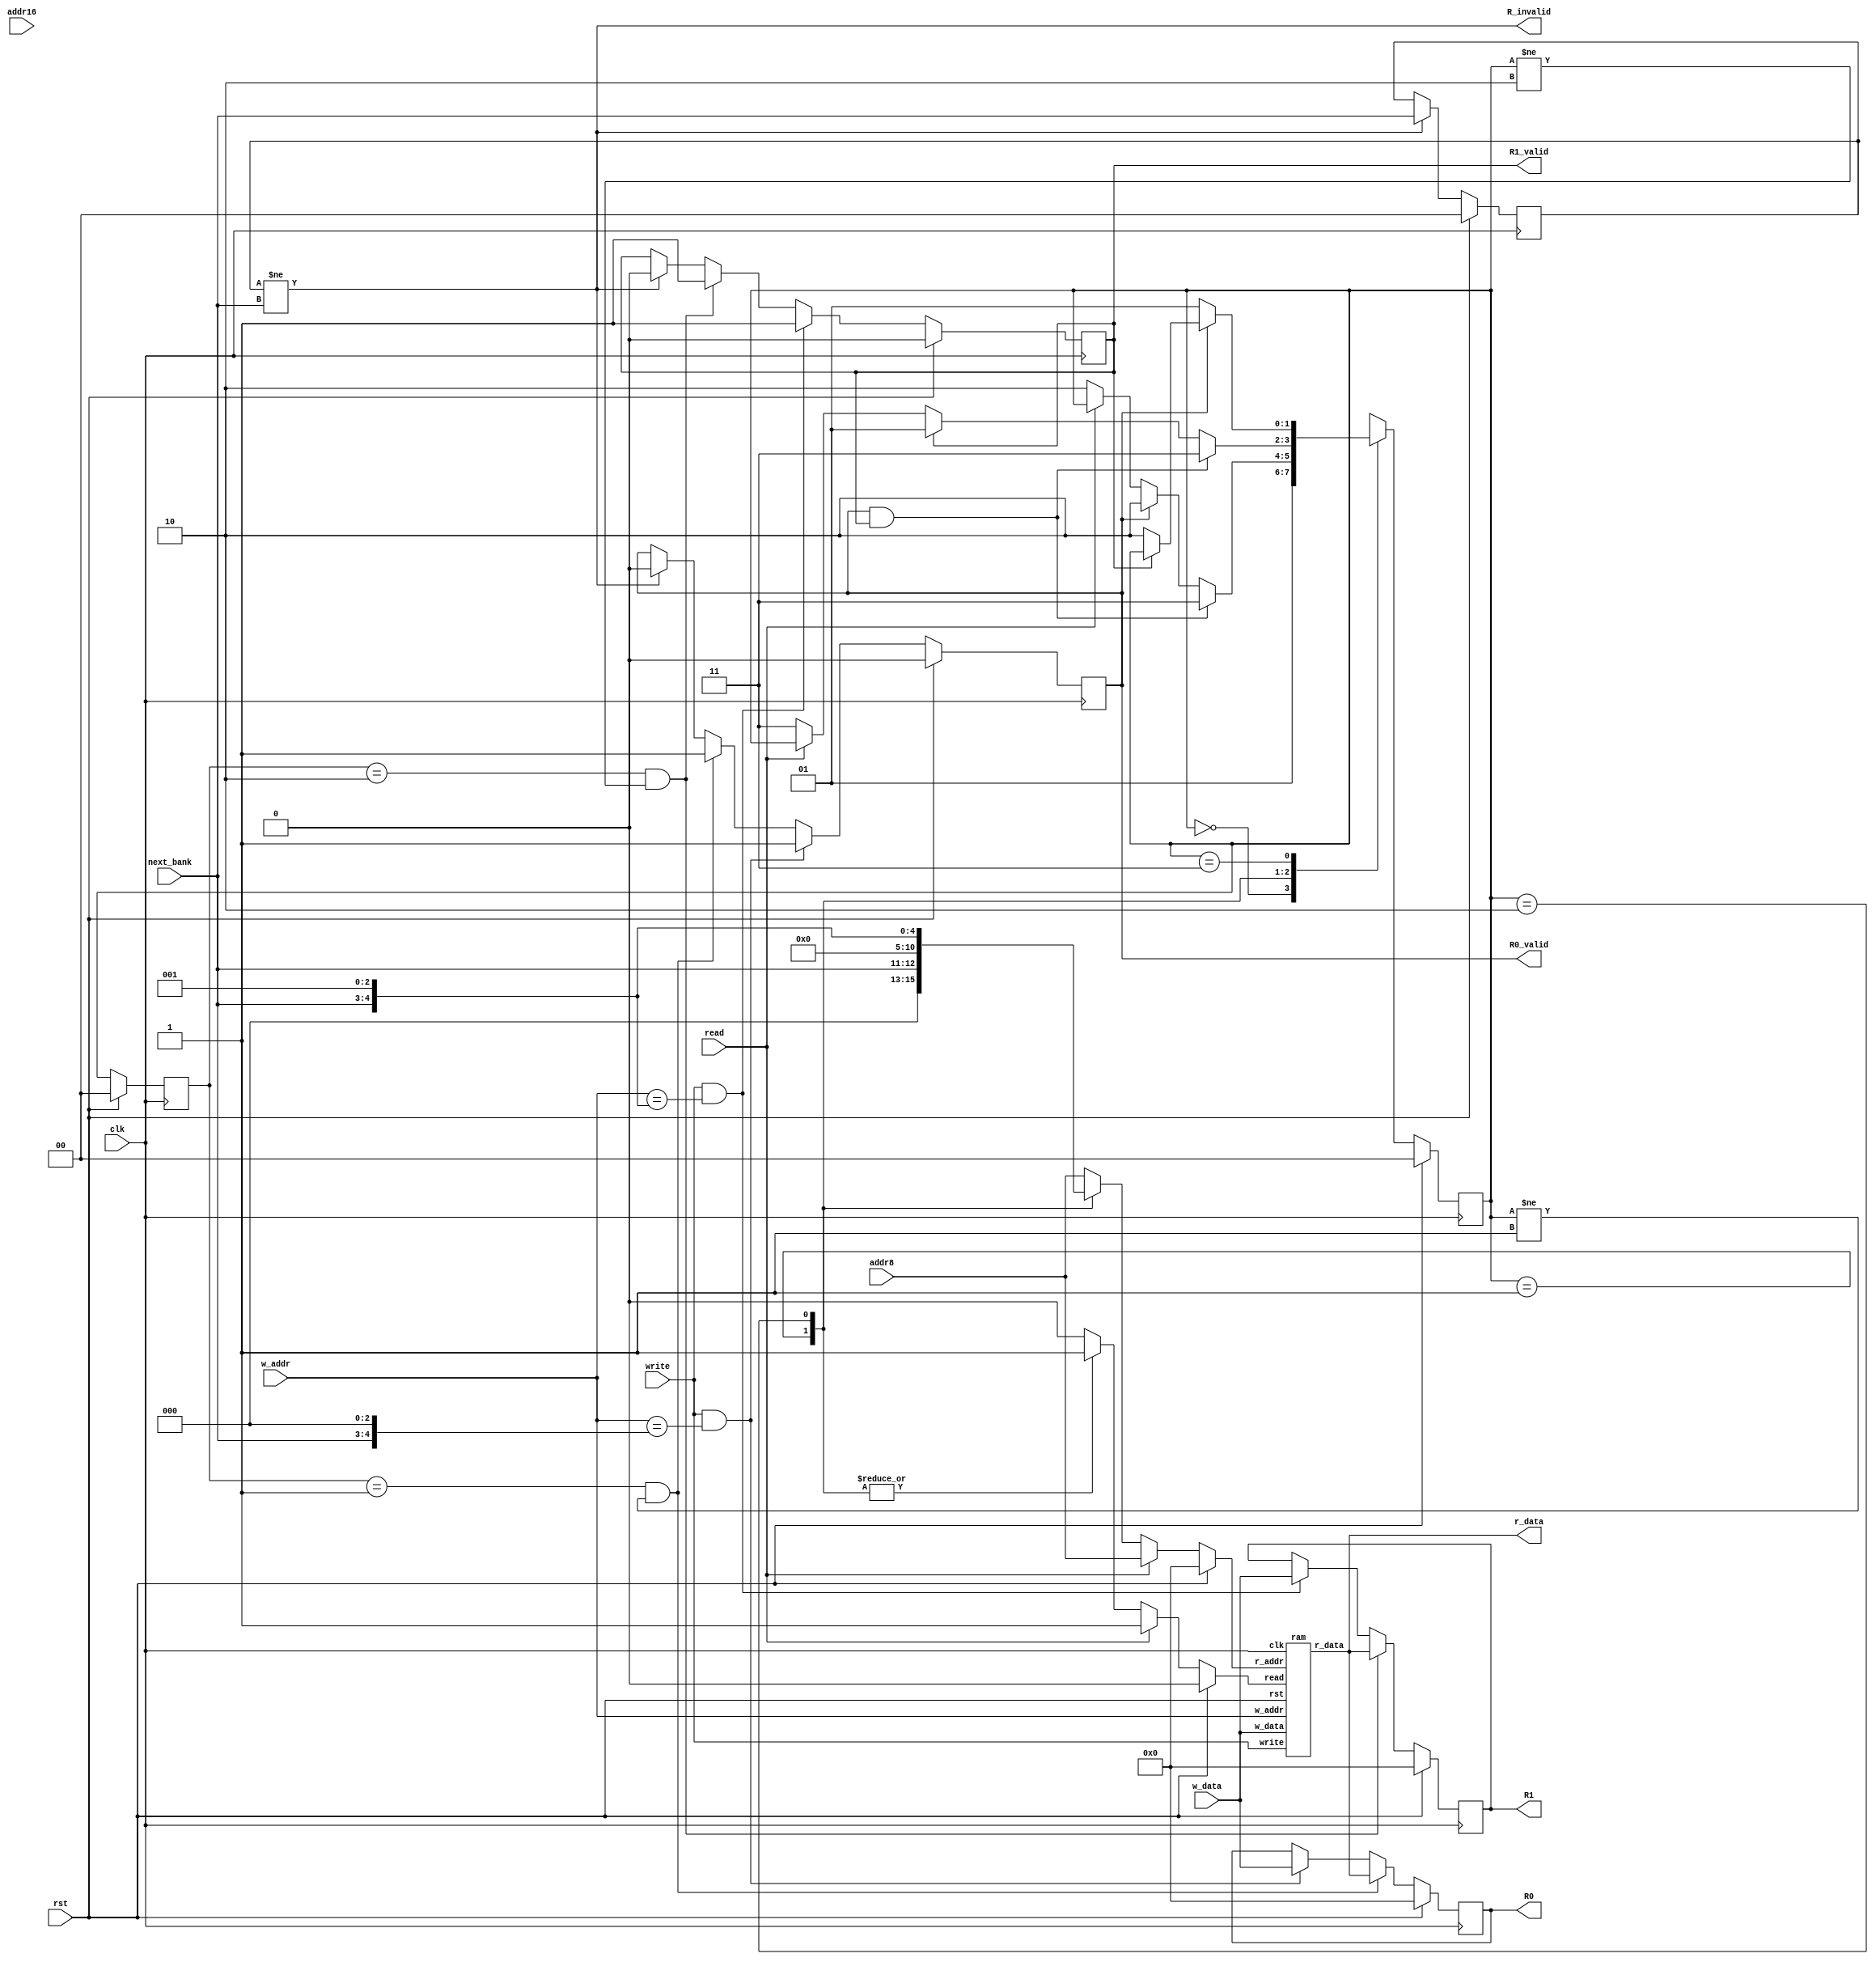
//
// instruction set
//

//op_code [4:0]
`define ACALL 	8'bxxx1_0001 // absolute call
`define AJMP 	8'bxxx0_0001 // absolute jump

//op_code [7:3]
`define INC_R 	8'b0000_1xxx // increment Rn
`define DEC_R 	8'b0001_1xxx // decrement reg Rn=Rn-1
`define ADD_R 	8'b0010_1xxx // add A=A+Rx
`define ADDC_R 	8'b0011_1xxx // add A=A+Rx+c
`define ORL_R 	8'b0100_1xxx // or A=A or Rn
`define ANL_R 	8'b0101_1xxx // and A=A^Rx
`define XRL_R 	8'b0110_1xxx // XOR A=A XOR Rn
`define MOV_CR 	8'b0111_1xxx // move Rn=constant
`define MOV_RD 	8'b1000_1xxx // move (direct)=Rn
`define SUBB_R 	8'b1001_1xxx // substract with borrow  A=A-c-Rn
`define MOV_DR 	8'b1010_1xxx // move Rn=(direct)
`define CJNE_R 	8'b1011_1xxx // compare and jump if not equal; Rx<>constant
`define XCH_R 	8'b1100_1xxx // exchange A<->Rn
`define DJNZ_R 	8'b1101_1xxx // decrement and jump if not zero
`define MOV_R 	8'b1110_1xxx // move A=Rn
`define MOV_AR 	8'b1111_1xxx // move Rn=A

//op_code [7:1]
`define ADD_I 	8'b0010_011x // add A=A+@Ri
`define ADDC_I 	8'b0011_011x // add A=A+@Ri+c
`define ANL_I 	8'b0101_011x // and A=A^@Ri
`define CJNE_I 	8'b1011_011x // compare and jump if not equal; @Ri<>constant
`define DEC_I 	8'b0001_011x // decrement indirect @Ri=@Ri-1
`define INC_I 	8'b0000_011x // increment @Ri
`define MOV_I 	8'b1110_011x // move A=@Ri
`define MOV_ID 	8'b1000_011x // move (direct)=@Ri
`define MOV_AI 	8'b1111_011x // move @Ri=A
`define MOV_DI 	8'b1010_011x // move @Ri=(direct)
`define MOV_CI 	8'b0111_011x // move @Ri=constant
`define MOVX_IA 8'b1110_001x // move A=(@Ri)
`define MOVX_AI 8'b1111_001x // move (@Ri)=A
`define ORL_I 	8'b0100_011x // or A=A or @Ri
`define SUBB_I 	8'b1001_011x // substract with borrow  A=A-c-@Ri
`define XCH_I 	8'b1100_011x // exchange A<->@Ri
`define XCHD 	8'b1101_011x // exchange digit A<->Ri
`define XRL_I 	8'b0110_011x // XOR A=A XOR @Ri

//op_code [7:0]
`define ADD_D 	8'b0010_0101 // add A=A+(direct)
`define ADD_C 	8'b0010_0100 // add A=A+constant
`define ADDC_D 	8'b0011_0101 // add A=A+(direct)+c
`define ADDC_C 	8'b0011_0100 // add A=A+constant+c
`define ANL_D 	8'b0101_0101 // and A=A^(direct)
`define ANL_C 	8'b0101_0100 // and A=A^constant
`define ANL_AD 	8'b0101_0010 // and (direct)=(direct)^A
`define ANL_DC 	8'b0101_0011 // and (direct)=(direct)^constant
`define ANL_B 	8'b1000_0010 // and c=c^bit
`define ANL_NB 	8'b1011_0000 // and c=c^!bit
`define CJNE_D 	8'b1011_0101 // compare and jump if not equal; a<>(direct)
`define CJNE_C 	8'b1011_0100 // compare and jump if not equal; a<>constant
`define CLR_A 	8'b1110_0100 // clear accumulator
`define CLR_C 	8'b1100_0011 // clear carry
`define CLR_B 	8'b1100_0010 // clear bit
`define CPL_A 	8'b1111_0100 // complement accumulator
`define CPL_C 	8'b1011_0011 // complement carry
`define CPL_B 	8'b1011_0010 // complement bit
`define DA 		8'b1101_0100 // decimal adjust (A)
`define DEC_A 	8'b0001_0100 // decrement accumulator a=a-1
`define DEC_D 	8'b0001_0101 // decrement direct (direct)=(direct)-1
`define DIV 	8'b1000_0100 // divide
`define DJNZ_D 	8'b1101_0101 // decrement and jump if not zero (direct)
`define INC_A 	8'b0000_0100 // increment accumulator
`define INC_D 	8'b0000_0101 // increment (direct)
`define INC_DP 	8'b1010_0011 // increment data pointer
`define JB 		8'b0010_0000 // jump if bit set
`define JBC	 	8'b0001_0000 // jump if bit set and clear bit
`define JC 		8'b0100_0000 // jump if carry is set
`define JMP_D 	8'b0111_0011 // jump indirect
`define JNB 	8'b0011_0000 // jump if bit not set
`define JNC 	8'b0101_0000 // jump if carry not set
`define JNZ 	8'b0111_0000 // jump if accumulator not zero
`define JZ 		8'b0110_0000 // jump if accumulator zero
`define LCALL 	8'b0001_0010 // long call
`define LJMP 	8'b0000_0010 // long jump
`define MOV_D 	8'b1110_0101 // move A=(direct)
`define MOV_C 	8'b0111_0100 // move A=constant
`define MOV_AD 	8'b1111_0101 // move (direct)=A
`define MOV_DD 	8'b1000_0101 // move (direct)=(direct)
`define MOV_CD 	8'b0111_0101 // move (direct)=constant
`define MOV_BC 	8'b1010_0010 // move c=bit
`define MOV_CB 	8'b1001_0010 // move bit=c
`define MOV_DP 	8'b1001_0000 // move dptr=constant(16 bit)
`define MOVC_DP 8'b1001_0011 // move A=dptr+A
`define MOVC_PC 8'b1000_0011 // move A=pc+A
`define MOVX_PA 8'b1110_0000 // move A=(dptr)
`define MOVX_AP 8'b1111_0000 // move (dptr)=A
`define MUL 	8'b1010_0100 // multiply a*b
`define NOP 	8'b0000_0000 // no operation
`define ORL_D 	8'b0100_0101 // or A=A or (direct)
`define ORL_C 	8'b0100_0100 // or A=A or constant
`define ORL_AD 	8'b0100_0010 // or (direct)=(direct) or A
`define ORL_CD 	8'b0100_0011 // or (direct)=(direct) or constant
`define ORL_B 	8'b0111_0010 // or c = c or bit
`define ORL_NB 	8'b1010_0000 // or c = c or !bit
`define POP 	8'b1101_0000 // stack pop
`define PUSH 	8'b1100_0000 // stack push
`define RET 	8'b0010_0010 // return from subrutine
`define RETI 	8'b0011_0010 // return from interrupt
`define RL 		8'b0010_0011 // rotate left
`define RLC 	8'b0011_0011 // rotate left thrugh carry
`define RR 		8'b0000_0011 // rotate right
`define RRC 	8'b0001_0011 // rotate right thrugh carry
`define SETB_C 	8'b1101_0011 // set carry
`define SETB_B 	8'b1101_0010 // set bit
`define SJMP 	8'b1000_0000 // short jump
`define SUBB_D 	8'b1001_0101 // substract with borrow  A=A-c-(direct)
`define SUBB_C 	8'b1001_0100 // substract with borrow  A=A-c-constant
`define SWAP 	8'b1100_0100 // swap A(0-3) <-> A(4-7)
`define XCH_D 	8'b1100_0101 // exchange A<->(direct)
`define XRL_D 	8'b0110_0101 // XOR A=A XOR (direct)
`define XRL_C 	8'b0110_0100 // XOR A=A XOR constant
`define XRL_AD 	8'b0110_0010 // XOR (direct)=(direct) XOR A
`define XRL_CD 	8'b0110_0011 // XOR (direct)=(direct) XOR constant


module ramController(clk,rst,addr8,addr16,read,r_data,w_addr,write,w_data,next_bank,R0,R1,R0_valid,R1_valid,R_invalid);

input clk,rst;
//reg [7:0] rom [0:65536];


input [7:0] addr8;
input [15:0] addr16;
input read,write;
input [7:0] w_addr;
input [7:0] w_data;
output [7:0] r_data;

input [1:0] next_bank;
output reg R0_valid, R1_valid;
output R_invalid;

output reg [7:0] R0;
output reg [7:0] R1;
reg [1:0] bank;

reg Read;
reg [7:0] R_addr;
wire [7:0] R_data;

localparam INIT = 2'b00, FETCH_R0 = 2'b01, FETCH_R1 = 2'b10, VALID = 2'b11;

reg [1:0] state, next_state, prev_state;
ram ram(clk,rst,Read,R_addr,R_data,write,w_addr,w_data);

assign r_data = R_data;

always@(posedge clk)
	if (rst) state <= INIT;
  else state <= next_state;

always@(posedge clk)
  if (rst) prev_state <= INIT;
  else prev_state <= state;

always@(*) begin
  next_state = state;
	case(state)
    INIT:
      next_state = FETCH_R0;
    FETCH_R0:
      if(R0_valid && R1_valid)  next_state = VALID;
      else if (R0_valid)        next_state = FETCH_R1;
      else if(!read)            next_state = FETCH_R1;
    FETCH_R1:
      if(R0_valid && R1_valid)  next_state = VALID;
      else if (R1_valid)        next_state = FETCH_R0;
      else if(!read)            next_state = VALID;
    VALID:
      if(!R0_valid)             next_state = FETCH_R0;
      else if (!R1_valid)       next_state = FETCH_R1;
  endcase
end

always@(*) begin
  if (rst) begin
    R_addr = 8'b0;
    Read = 1'b0;
  end
  else if (read) begin
    R_addr = addr8;
    Read = 1'b1;
  end
  else begin
    case(state)
      FETCH_R0: begin
        R_addr = {3'b0,next_bank,3'b0};
        Read = 1'b1;
      end
      FETCH_R1: begin
        R_addr = {3'b0,next_bank,3'b1};
        Read = 1'b1;
      end
      default: begin
        R_addr = addr8;
        Read = read;
      end
    endcase
  end
end

assign R_invalid = (bank != next_bank);

always@(posedge clk)
  if (rst) R0_valid <= 1'b0;
  else if (write && (w_addr == {3'b0,next_bank,3'b0})) R0_valid <= 1'b1;
  else if ((prev_state == FETCH_R0)&&(state != FETCH_R0)) R0_valid <= 1'b1;
  else if (R_invalid) R0_valid <= 1'b0;

always@(posedge clk)
  if (rst) R1_valid <= 1'b0;
  else if (write && (w_addr == {3'b0,next_bank,3'b1})) R1_valid <= 1'b1;
  else if ((prev_state == FETCH_R1)&&(state != FETCH_R1)) R1_valid <= 1'b1;
  else if (R_invalid) R1_valid <= 1'b0;

always@(posedge clk)
  if (rst) R0 <= 8'b0;
  else if ((prev_state == FETCH_R0) && (state != FETCH_R0)) R0 <= R_data;
  else if (write && (w_addr == {3'b0,next_bank,3'b0})) R0 <= w_data;

always@(posedge clk)
  if (rst) R1 <= 8'b0;
  else if ((prev_state == FETCH_R1) && (state != FETCH_R1)) R1 <= R_data;
  else if (write && (w_addr == {3'b0,next_bank,3'b1})) R1 <= w_data;

always@(posedge clk)
	if (rst) bank <= 2'b0;
	else if (bank != next_bank) bank <= next_bank;

endmodule



module ram(clk,rst,read,r_addr,r_data,write,w_addr,w_data);

input clk, rst;
input read,write;
input [7:0] r_addr,w_addr,w_data;
output reg [7:0] r_data;

reg [7:0] ram [0:255];

integer k;
initial
begin
for (k = 0; k < 256; k = k + 1)
begin
    ram[k] = 8'b0;
end
end

always@(posedge clk)
  if (rst) r_data <= 8'b0;
  else if (read) r_data <= ram[r_addr];
//always@(posedge clk)
//	if(read) r_data <= ram[addr8];

always@(posedge clk) begin
	if (write) ram[w_addr] <= w_data;	
end

endmodule